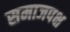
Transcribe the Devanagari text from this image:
समाजपक्ष